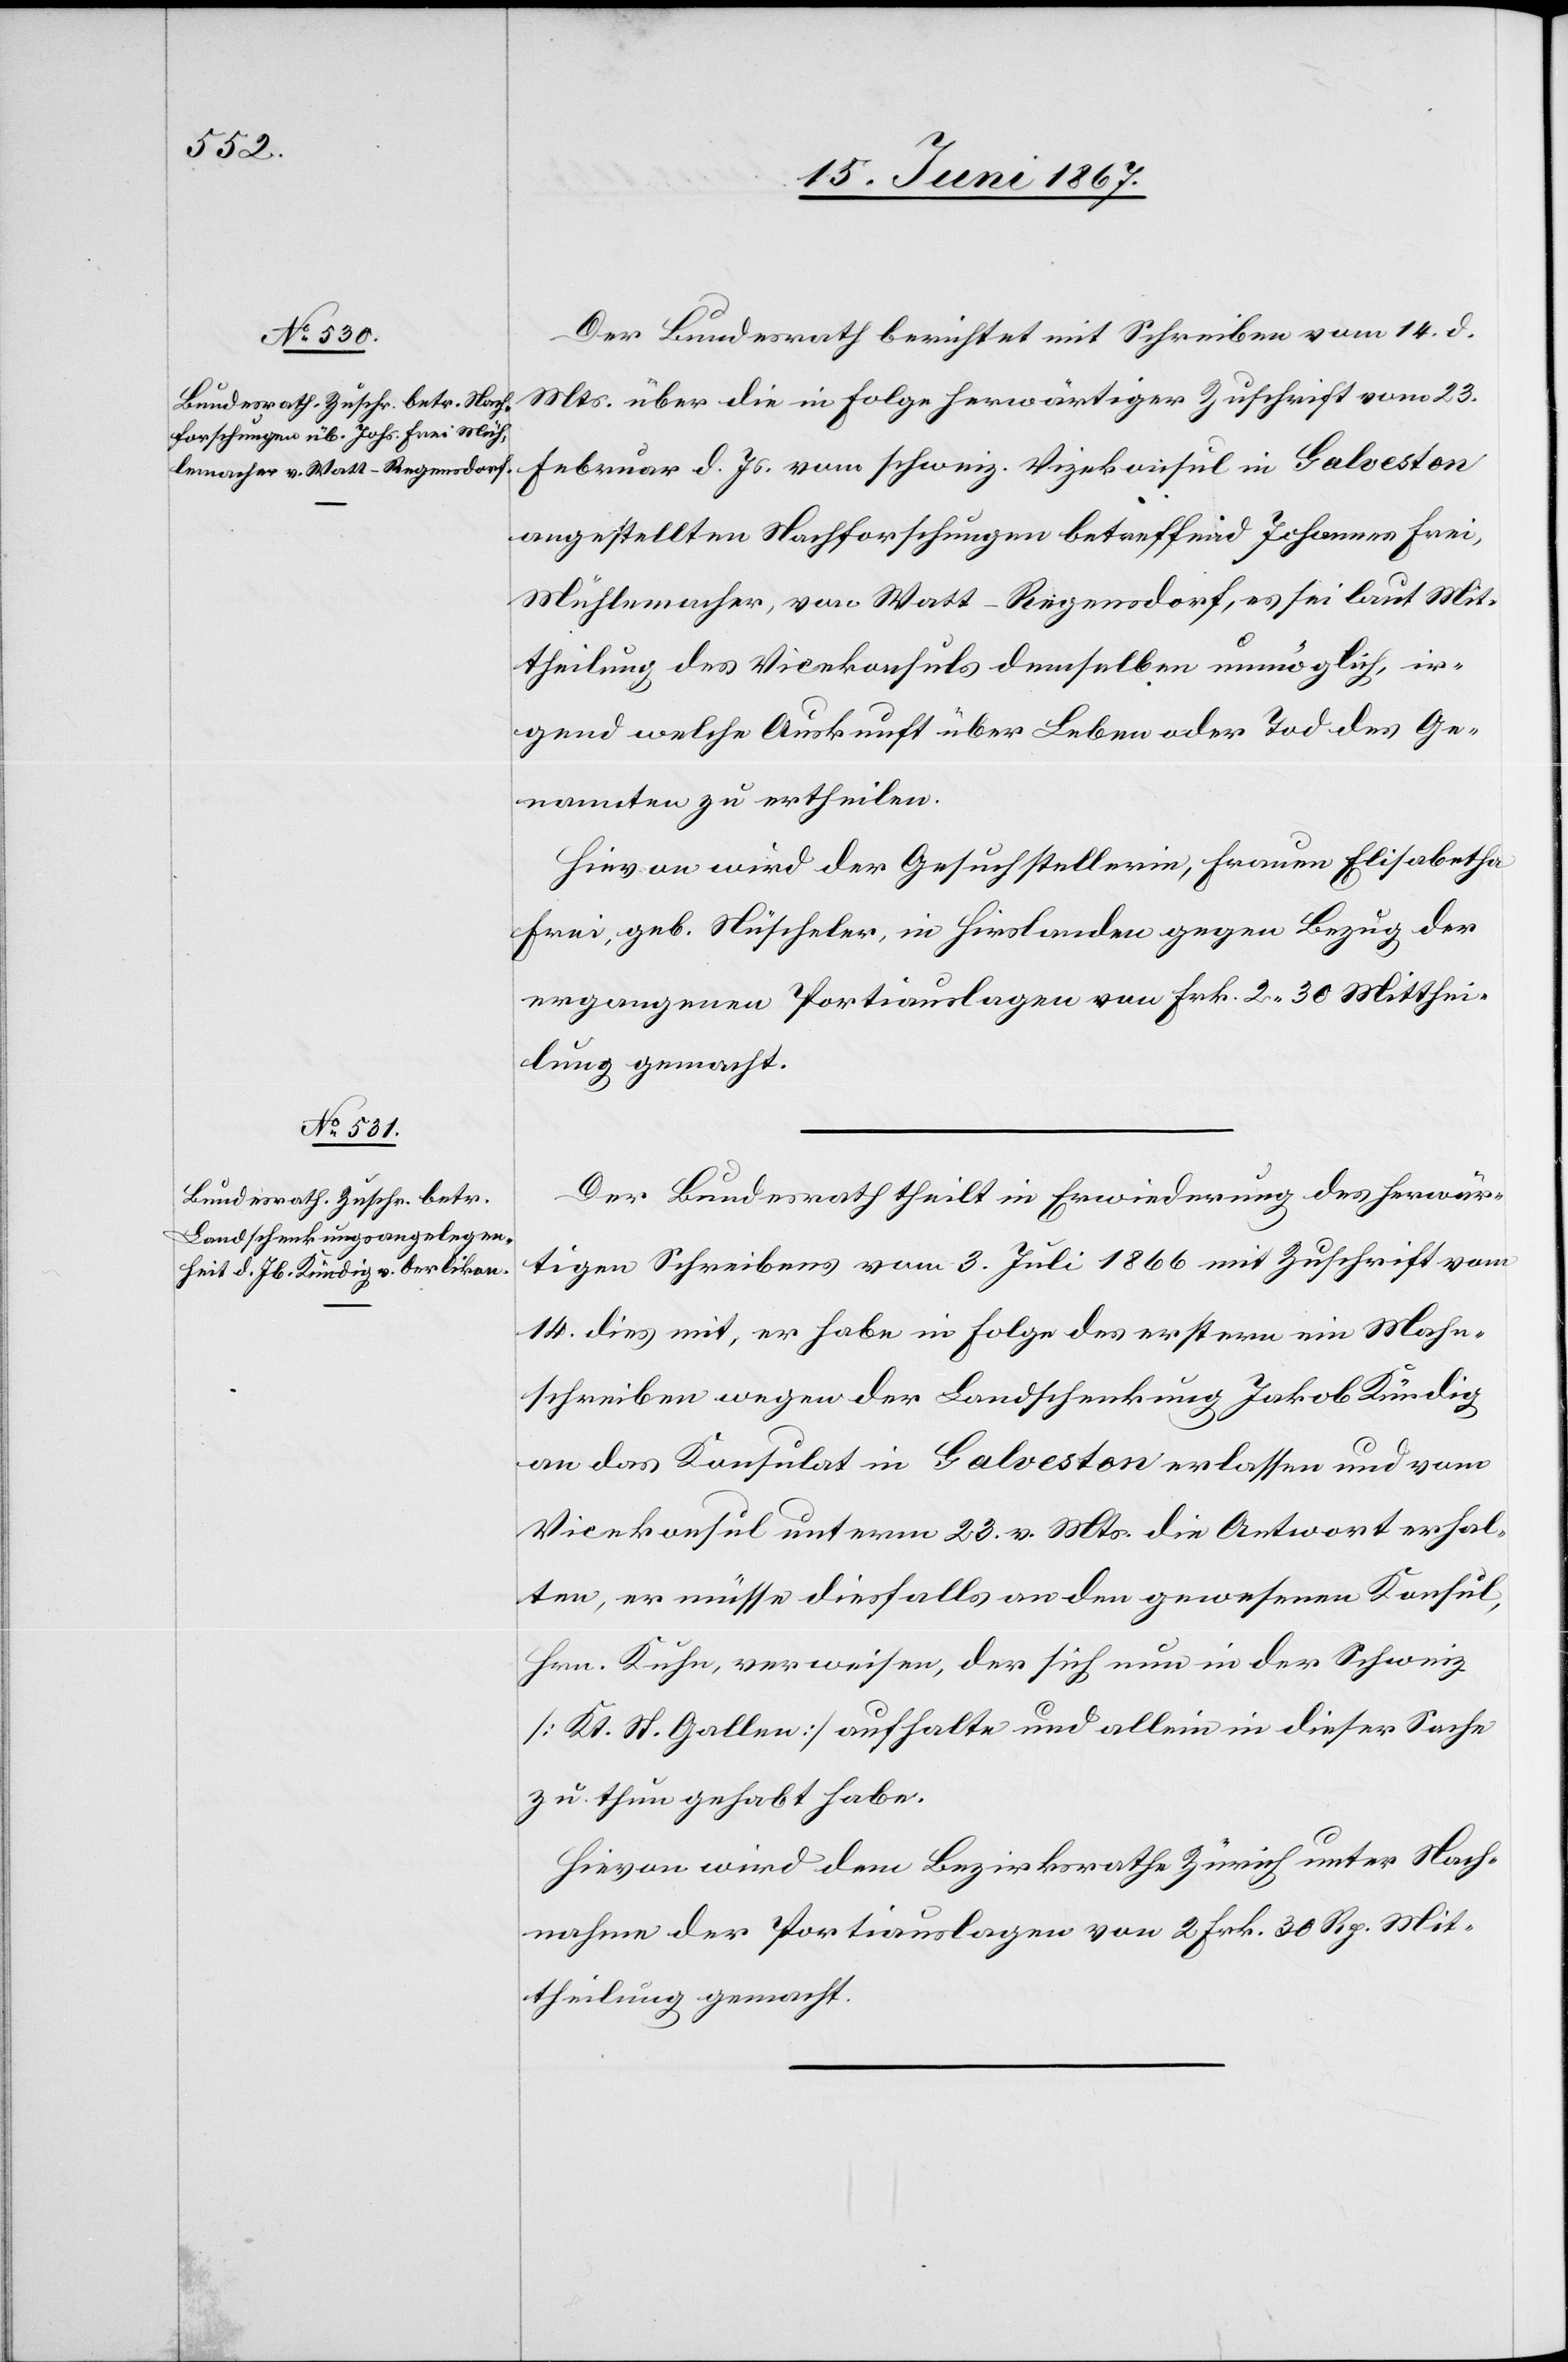
19. Juni 1867.]
Der Bundesrath berichtet mit Schreiben vom 14. d.
Mts. über die in Folge herwärtiger Zuschrift vom 23.
Februar d. Js. vom schweiz. Vizekonsul in Galveston
angestellten Nachforschungen betreffend Johannes Frei,
Mühlenmacher, von Watt-Regensdorf, es sei laut Mit¬
theilung des Vicekonsuls demselben unmöglich, ir¬
gend welche Auskunft über Leben oder Tod des Ge¬
nannten zu ertheilen.
Hievon wird der Gesuchstellerin, Frauen [sic!] Elisabetha
Frei, geb. Nüscheler, in Hirslanden gegen Bezug der
ergangenen Portiauslagen von Frk. 2.30 Mitthei¬
lung gemacht.
Der Bundesrath theilt in Erwiederung des herwär¬
tigen Schreibens vom 3. Juli 1866 mit Zuschrift vom
14. dies mit, er habe in Folge des erstern ein Mahn¬
schreiben wegen der Landschenkung Jakob Kündig
an das Konsulat in Galveston erlassen und vom
Vicekonsul unterm 23. v. Mts. die Antwort erhal¬
ten, er müsse diesfalls an den gewesenen Konsul,
Hrn. Kuhn, verweisen, der sich nun in der Schweiz
[Kt. St. Gallen] aufhalte und allein in dieser Sache
zu thun gehabt habe.
Hievon wird dem Bezirksrathe Zürich unter Nach¬
nahme der Portiauslagen von 2 Frk. 30 Rp. Mit¬
theilung gemacht.